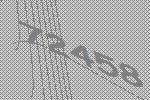
72458